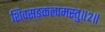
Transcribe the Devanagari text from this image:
शिवसङ्कल्पमस्तु॥२॥